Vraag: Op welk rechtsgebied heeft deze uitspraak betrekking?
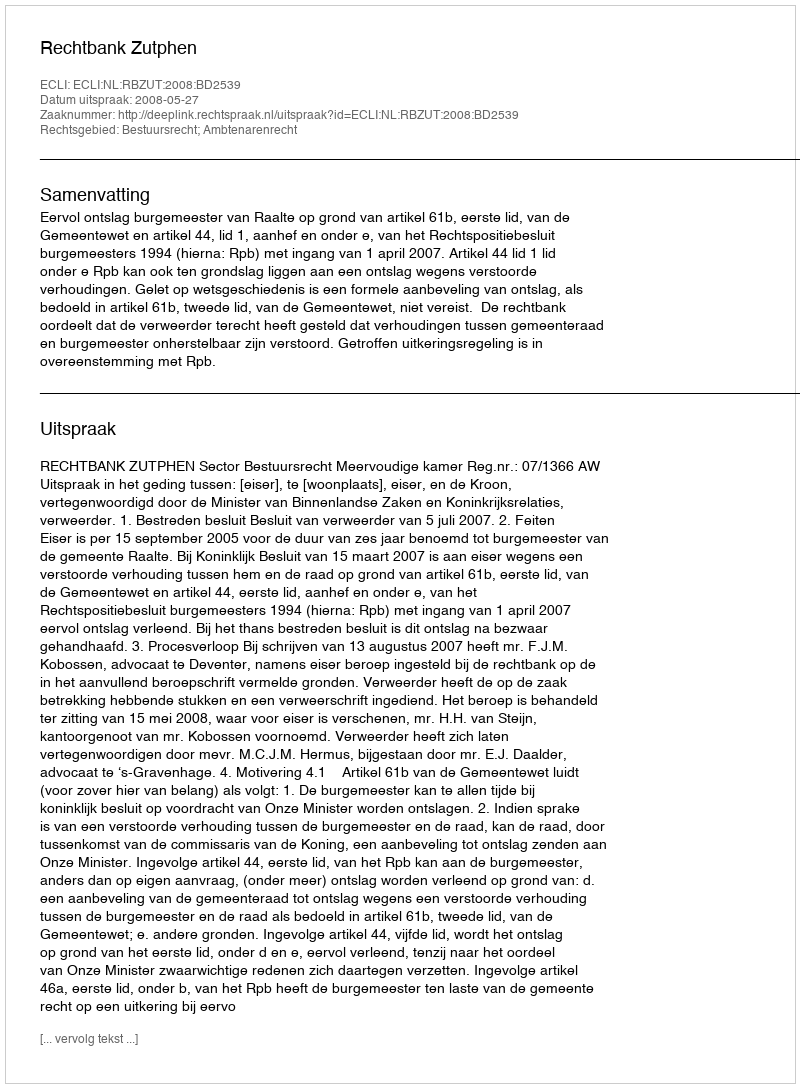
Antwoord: Bestuursrecht; Ambtenarenrecht